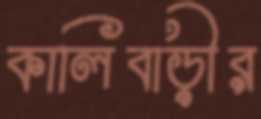
কালিবাড়ীর